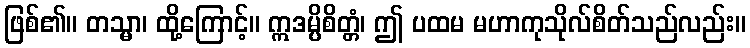
ဖြစ်၏။ တသ္မာ၊ ထို့ကြောင့်။ ဣဒမ္ပိစိတ္တံ၊ ဤ ပထမ မဟာကုသိုလ်စိတ်သည်လည်း။